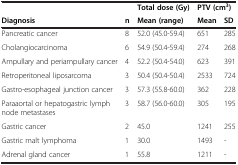
|  |  | Total dose (Gy) | <COLSPAN=2> PTV (cm3) |
 | Diagnosis | n | Mean (range) | Mean | SD |
 | --- | --- | --- | --- | --- |
 | Pancreatic cancer | 8 | 52.0 (45.0-59.4) | 651 | 285 |
 | Cholangiocarcinoma | 6 | 54.9 (50.4-59.4) | 274 | 268 |
 | Ampullary and periampullary cancer | 4 | 52.2 (50.4-54.0) | 623 | 391 |
 | Retroperitoneal liposarcoma | 3 | 50.4 (50.4-50.4) | 2533 | 724 |
 | Gastro-esophageal junction cancer | 3 | 57.3 (55.8-60.0) | 362 | 228 |
 | Paraaortal or hepatogastric lymph node metastases | 3 | 58.7 (56.0-60.0) | 305 | 195 |
 | Gastric cancer | 2 | 45.0 | 1241 | 255 |
 | Gastric malt lymphoma | 1 | 30.0 | 1493 | - |
 | Adrenal gland cancer | 1 | 55.8 | 1211 | - |